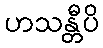
ဟသန္တီပိ